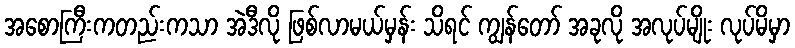
အစောကြီးကတည်းကသာ အဲဒီလို ဖြစ်လာမယ်မှန်း သိရင် ကျွန်တော် အခုလို အလုပ်မျိုး လုပ်မိမှာ